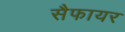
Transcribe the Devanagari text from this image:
सैफायर